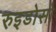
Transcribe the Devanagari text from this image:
रुइडोसो